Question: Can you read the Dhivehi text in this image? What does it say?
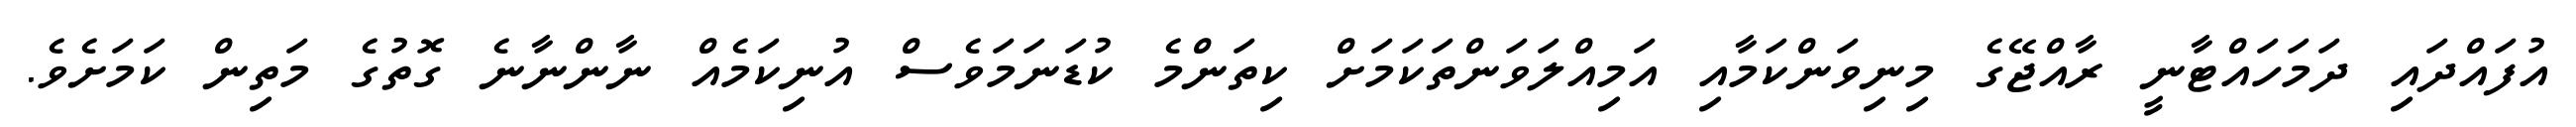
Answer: އުފައްދައި ދަމަހައްޓާނީ ރާއްޖޭގެ މިނިވަންކަމާއި އަމިއްލަވަންތަކަމަށް ކިތަންމެ ކުޑަނަމަވެސް އުނިކަމެއް ނާންނާނެ ގޮތުގެ މަތިން ކަމަށެވެ.